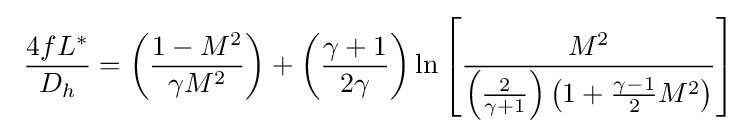
\ {\frac {4fL^{*}}{D_{h}}}=\left({\frac {1-M^{2}}{\gamma M^{2}}}\right)+\left({\frac {\gamma +1}{2\gamma }}\right)\ln \left[{\frac {M^{2}}{\left({\frac {2}{\gamma +1}}\right)\left(1+{\frac {\gamma -1}{2}}M^{2}\right)}}\right]